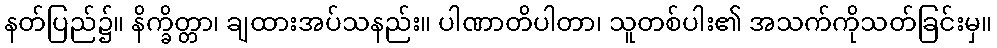
နတ်ပြည်၌။ နိက္ခိတ္တာ၊ ချထားအပ်သနည်း။ ပါဏာတိပါတာ၊ သူတစ်ပါး၏ အသက်ကိုသတ်ခြင်းမှ။